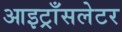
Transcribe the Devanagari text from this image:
आइट्राँसलेटर